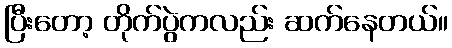
ပြီးတော့ တိုက်ပွဲကလည်း ဆက်နေတယ်။